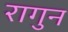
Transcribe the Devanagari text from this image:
रागुन